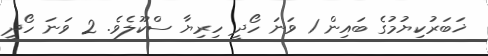
ޚަބަރުކިޔުމުގެ ބައިން 1 ވަނަ ހޯދީ ހިރިޔާ ސްކޫލެވެ. 2 ވަނަ ހޯދީ